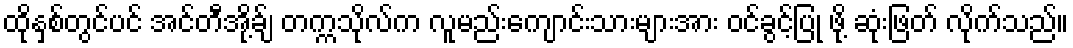
ထိုနှစ်တွင်ပင် အင်တီအို့ခ်ျ တက္ကသိုလ်က လူမည်းကျောင်းသားများအား ဝင်ခွင့်ပြု ဖို့ ဆုံးဖြတ် လိုက်သည်။